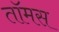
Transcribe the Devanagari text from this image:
तॉमस